Source: Handwritten
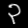
Digit: ၃ (3)